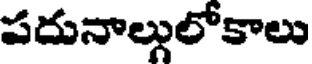
పదునాల్గులోకాలు